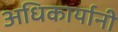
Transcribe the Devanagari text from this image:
अधिकार्यानी